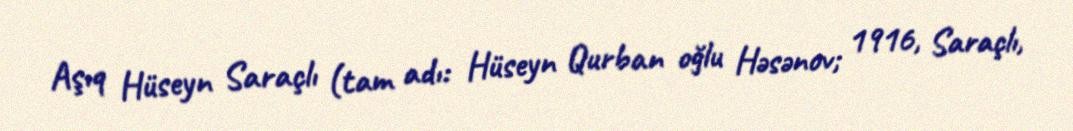
Aşıq Hüseyn Saraçlı (tam adı: Hüseyn Qurban oğlu Həsənov; 1916, Saraçlı,